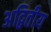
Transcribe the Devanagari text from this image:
अद्बितीय